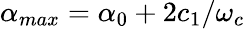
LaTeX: \alpha_{max}=\alpha_{0}+2c_{1}/\omega_{c}